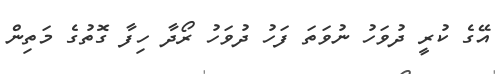
އޭގެ ކުރީ ދުވަހު ނުވަތަ ފަހު ދުވަހު ރޯދާ ހިފާ ގޮތުގެ މަތިން